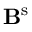
\mathbf { B } ^ { \mathrm { s } }